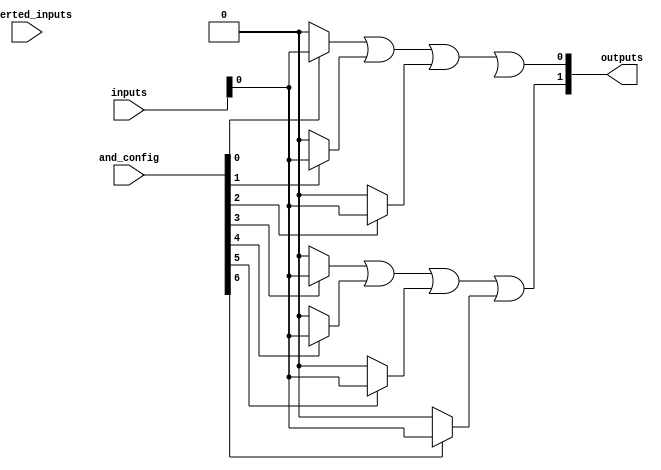
module flash_programmable_pal #(
    parameter NUM_INPUTS = 4, // Number of input variables
    parameter NUM_AND_TERMS = 8, // Number of programmable AND terms
    parameter NUM_OUTPUTS = 2 // Number of fixed OR outputs
) (
    input wire [NUM_INPUTS-1:0] inputs, // Input pins
    input wire [NUM_INPUTS-1:0] inverted_inputs, // Inverted inputs (if needed)
    input wire [NUM_AND_TERMS-1:0] and_config, // Configuration for AND terms (binary)
    output wire [NUM_OUTPUTS-1:0] outputs // Output pins
);
    
    // Programmable AND array
    wire [NUM_AND_TERMS-1:0] and_outputs [NUM_AND_TERMS-1:0];
    
    genvar i, j;
    
    // Generate the AND terms based on the configuration
    generate
        for (i = 0; i < NUM_AND_TERMS; i = i + 1) begin : and_term
            assign and_outputs[i] = and_config[i] ? (inputs & {NUM_INPUTS{1'b1}}) : 0;
        end
    endgenerate
    
    // Fixed OR array
    wire [NUM_OUTPUTS-1:0] or_outputs;

    assign or_outputs[0] = or_combination(and_outputs[0], and_outputs[1], and_outputs[2]); // OR logic for output 0
    assign or_outputs[1] = or_combination(and_outputs[3], and_outputs[4], and_outputs[5], and_outputs[6]); // OR logic for output 1

    // Function to combine multiple Andes for output
    function [0:0] or_combination;
        input [0:0] a, b, c;
        begin
            or_combination = a | b | c;
        end
    endfunction

    // Additional function overload to handle more inputs
    function [0:0] or_combination;
        input [0:0] a, b, c, d;
        begin
            or_combination = a | b | c | d;
        end
    endfunction
    
    // Output assignments
    assign outputs = or_outputs;

endmodule